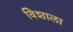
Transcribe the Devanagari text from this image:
विेशाला